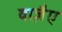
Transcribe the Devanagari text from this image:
वाजै़ए